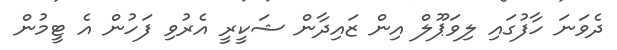
ދެވަނަ ހާފުގައި ލިވަޕޫލް އިން ޒައިދާން ޝަކީރީ އެރުވި ފަހުން އެ ޓީމުން